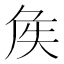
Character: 𡘓